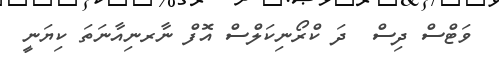
ވަޓްސް ދިސް  ދަ ކްރޯނިކަލްސް އޮފް ނާރނިއާނަތަ ކިޔަނީ